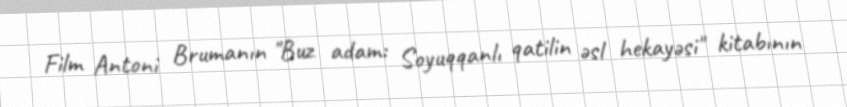
Film Antoni Brumanın "Buz adam: Soyuqqanlı qatilin əsl hekayəsi" kitabının